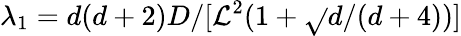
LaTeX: \lambda_{1}=d(d+2)D/[\mathcal{L}^{2}(1+\sqrt{}{{d/(d+4)}})]